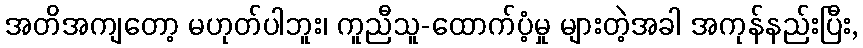
အတိအကျတော့ မဟုတ်ပါဘူး၊ ကူညီသူ-ထောက်ပံ့မှု များတဲ့အခါ အကုန်နည်းပြီး,